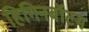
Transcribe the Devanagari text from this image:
हिगिनबॉटम